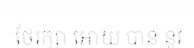
ថែរក្សា អោយ បាន នូវ